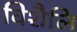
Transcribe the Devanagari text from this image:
विशैलि